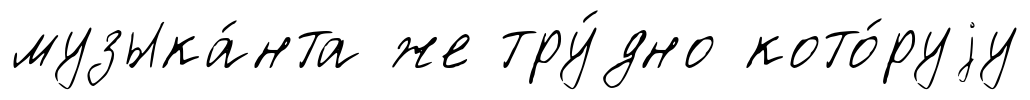
музыка́нта же тру́дно кото́руjу